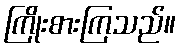
ကြိုးစားကြသည်။